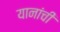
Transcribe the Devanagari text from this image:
यानांची